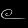
Digit: ၉